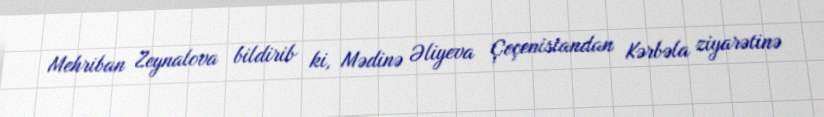
Mehriban Zeynalova bildirib ki, Mədinə Əliyeva Çeçenistandan Kərbəla ziyarətinə